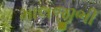
માલજીભી